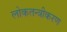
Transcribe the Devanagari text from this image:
लोकतन्‍त्रीकरण